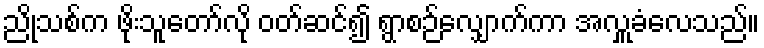
ညိုသစ်က ဖိုးသူတော်လို ဝတ်ဆင်၍ ရွာစဉ်လျှောက်ကာ အလှူခံလေသည်။